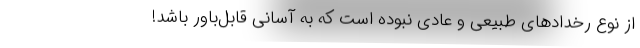
از نوع رخدادهای طبیعی و عادی نبوده است که به آسانی قابل‌باور باشد!